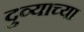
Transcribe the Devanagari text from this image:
दुव्याच्या